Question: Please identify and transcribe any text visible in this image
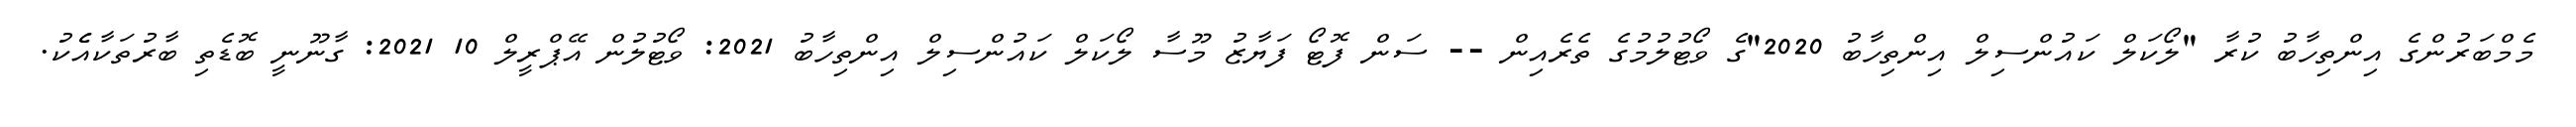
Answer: މެމްބަރުންގެ އިންތިހާބު ކުރާ "ލޯކަލް ކައުންސިލް އިންތިހާބު 2020"ގެ ވޯޓުލުމުގެ ތެރެއިން -- ސަން ފޮޓޯ ފަޔާޒު މޫސާ ލޯކަލް ކައުންސިލް އިންތިހާބު 2021: ވޯޓުލުން އޭޕްރީލް 10 2021: ގާނޫނީ ބޮޑެތި ބާރުތަކާއެެކު.